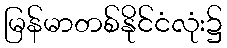
မြန်မာတစ်နိုင်ငံလုံး၌